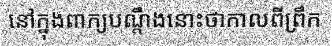
នៅក្នុងពាក្យបណ្តឹងនោះថាកាលពីព្រឹក